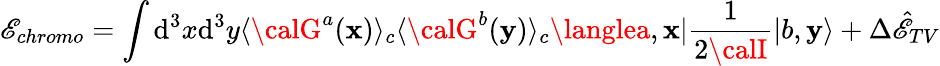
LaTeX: \mathscr{E}_{chromo}=\int\mathrm{{d}}^{3}x\mathrm{{d}}^{3}y\langle{\calG}^{a}({\mathbf{x}})\rangle_{c}\langle{\calG}^{b}({\mathbf{y}})\rangle_{c}\langlea,{\mathbf{x}}|\frac{{1}}{{2{\calI}}}|b,{\mathbf{y}}\rangle+\Delta{\hat{{\mathscr{E}}}}_{TV}